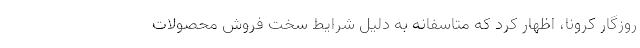
روزگار کرونا، اظهار کرد که متاسفانه به دلیل شرایط سخت فروش محصولات